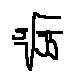
\sqrt [ 5 ] { 5 5 }